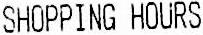
SHOPPING HOURS